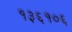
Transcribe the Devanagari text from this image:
१३६१०६